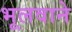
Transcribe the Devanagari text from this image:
भूलवाने